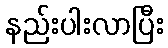
နည်းပါးလာပြီး